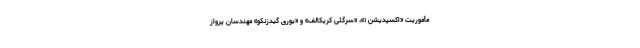
مأموریت «اکسپدیشن ۱»، «سرگئی کریکالف» و «یوری گیدزنکو» مهندسان پرواز